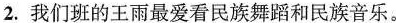
2.我们班的王雨最爱看民族舞蹈和民族音乐。